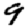
Digit: 9